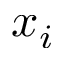
x _ { i }